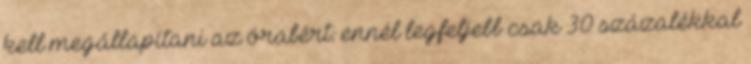
kell megállapítani az órabért: ennél legfeljebb csak 30 százalékkal